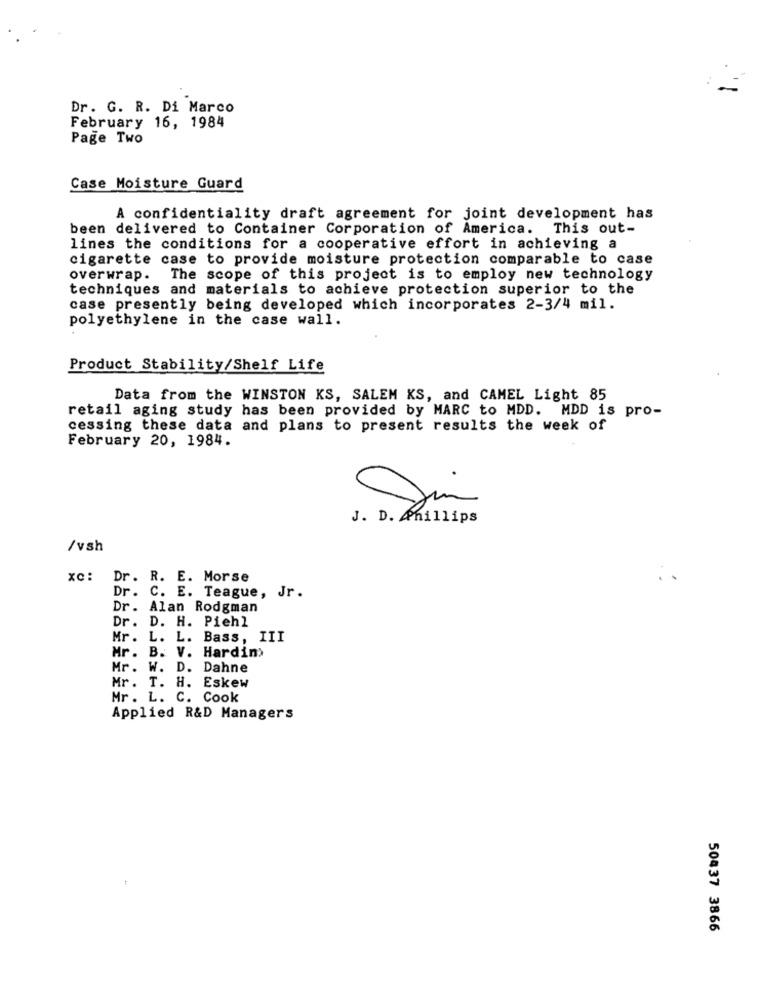
Dr. G. R. Di Marco
February 16, 1984
Page Two
Case Moisture Guard
A confidentiality draft agreement for joint development has
been delivered to Container Corporation of America. This out-
lines the conditions for a cooperative effort in achieving a
cigarette case to provide moisture protection comparable to case
overwrap. The scope of this project is to employ new technology
techniques and materials to achieve protection superior to the
case presently being developed which incorporates 2-3/4 mil.
polyethylene in the case wall.
Product Stability/Shelf Life
Data from the WINSTON KS, SALEM KS, and CAMEL Light 85
retail aging study has been provided by MARC to MDD. MDD is pro-
cessing these data and plans to present results the week of
February 20, 1984.
J. D. Anillips
/vsh
xc:
Dr. R. E. Morse
Dr. C. E. Teague, Jr.
Dr. Alan Rodgman
Dr. D. H. Piehl
Mr. L. L. Bass, III
Mr. B. V. Hardin'
Mr. W. D. Dahne
Mr. T. H. Eskew
Mr. L. C. Cook
Applied R&D Managers
50437 3866